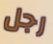
رجل